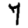
Digit: 7